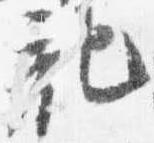
記